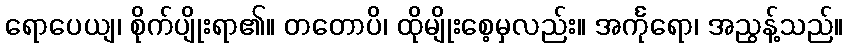
ရောပေယျ၊ စိုက်ပျိုးရာ၏။ တတောပိ၊ ထိုမျိုးစေ့မှလည်း။ အင်္ကုရော၊ အညွန့်သည်။